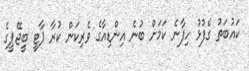
ކައުބަތު ގެފުޅު ހިފާނެ ކަމަށް ބުނެ އިންޑިއާގެ ވެރިކަން ކުރާ ޕާޓީ ބީޖޭޕީގެ